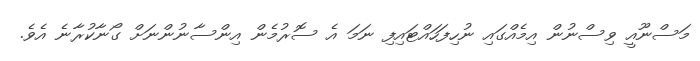
މަސްނޫއީ ވިސްނުން އިމެއްގައި ނުހިފަހައްޓައިފި ނަމަ އެ ސޮރުމެން އިންސާނުންނަށް ގޯނާކުރާނެ އެވެ.